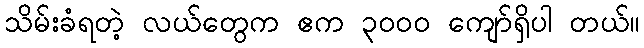
သိမ်းခံရတဲ့ လယ်တွေက ဧက ၃၀၀၀ ကျော်ရှိပါ တယ်။